Malaria in India - Number 2
Disease focus: Malaria
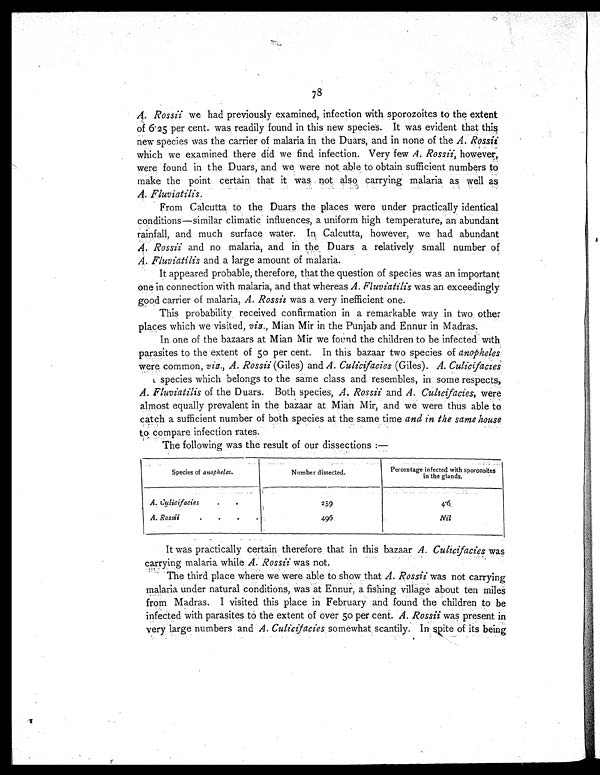
78
A. Rossii we had previously examined, infection with sporozoites to the extent
of 6.25 per cent. was readily found in this new species. It was evident that this
new species was the carrier of malaria in the Duars, and in none of the A. Rossii
which we examined there did we find infection. Very few A. Rossii, however,
were found in the Duars, and we were not able to obtain sufficient numbers to
make the point certain that it was not also carrying malaria as well as
A. Fluviatilis.
From Calcutta to the Duars the places were under practically identical
conditions—similar climatic influences, a uniform high temperature, an abundant
rainfall, and much surface water. In Calcutta, however, we had abundant
A. Rossii and no malaria, and in the , Duars a relatively small number of
A. Fluviatilis and a large amount of malaria.
It appeared probable, therefore, that the question of species was an important
one in connection with malaria, and that whereas A. Fluviatilis was an exceedingly
good carrier of malaria, A. Rossii was a very inefficient one.
This probability received confirmation in a remarkable way in two other
places which we visited, viz., Mian Mir in the Punjab and Ennur in Madras.
In one of the bazaars at Mian Mir we found the children to be infected with
parasites to the extent of 50 per cent. In this bazaar two species of anopheles
were common, viz., A. Rossii (Giles) and A. Culicifacies (Giles). A. Culicifacie
s
species which belongs to the same class and resembles, in some respects,
A. Fluviatilis of the Duars. Both species, A. Rossii and A. Culicifacies,w e r e
almost equally prevalent in the bazaar at Mian Mir, and we were thus able to
catch a sufficient number of both species at the same time and in the same house
to compare infection rates.
The following was the result of our dissections :—
Species of anopheles.
Number dissected.
Percentage infected with sporozoites
in the glands.
A. Culicifacies...
259
4.6,
A. Rossii.
4 9 6
Nil
It was practically certain therefore that in this bazaar A. Culicifacies was
carrying malaria while A. Rossii was not.
The third place where we were able to show that A. Rossii was not carrying
malaria under natural conditions, was at Ennur, a fishing village about ten miles
from Madras. I visited this place in February and found the children to be
infected with parasites to the extent of over 50 per cent. A. Rossii was present in
very large numbers and A. Culicifacies somewhat scantily. In spite of its being